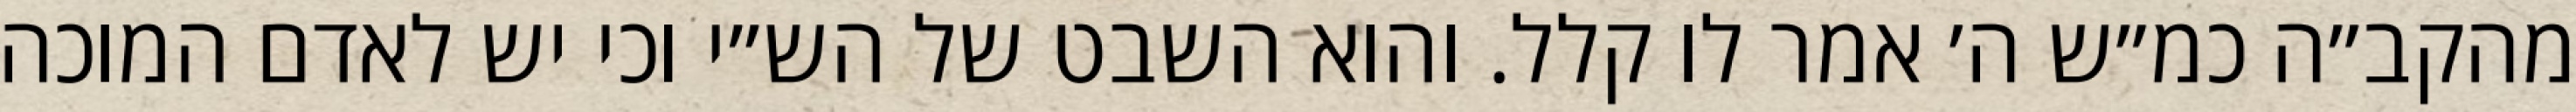
מהקב״ה כמ״ש ה׳ אמר לו קלל. והוא השבט של הש״י וכי יש לאדם המוכה